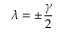
\lambda = \pm \frac { \gamma } { 2 }